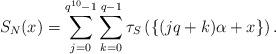
LaTeX: \begin{align*} S_N(x) = \sum_{j=0}^{q^{10}-1} \sum_{k=0}^{q-1} \tau_S \left( \{ (jq+k)\alpha + x \}\right) .\end{align*}